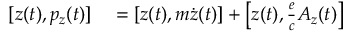
\begin{array} { r l } { [ z ( t ) , p _ { z } ( t ) ] } & { { } = \left[ z ( t ) , m { \dot { z } } ( t ) \right] + \left[ z ( t ) , { \frac { e } { c } } A _ { z } ( t ) \right] } \end{array}